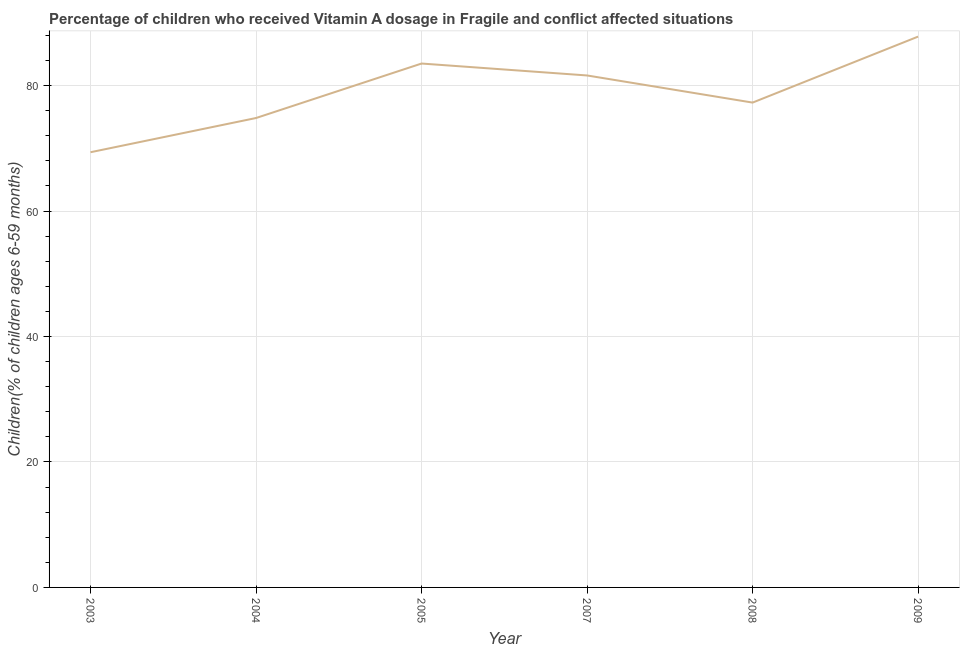
| Year | Vitamin A supplementation coverage rate  |
 | --- | --- |
 | 2003 | 69.4 |
 | 2004 | 74.8 |
 | 2005 | 83.5 |
 | 2007 | 81.6 |
 | 2008 | 77.3 |
 | 2009 | 87.8 |